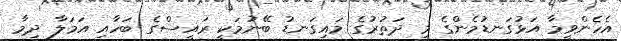
އެހެންވީމާ އަޅުގަނޑުމެންގެ މި ދަތުރުގެ މައިގަނޑު ބޭނުމަކީ ރައީސްގެ ބަހާއި އަމަލާ ދިމާ